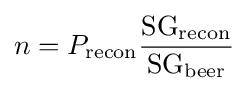
n=P_{\text{recon}}{{\text{SG}}_{\text{recon}} \over {\text{SG}}_{\text{beer}}}